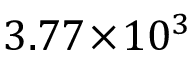
3 . 7 7 \! \times \! 1 0 ^ { 3 }